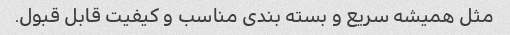
مثل همیشه سریع و بسته بندی مناسب و کیفیت قابل قبول.